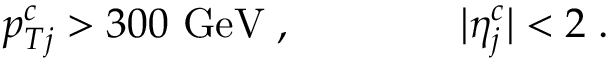
p _ { T j } ^ { c } > 3 0 0 ~ \mathrm { G e V } \; , \qquad \qquad | \eta _ { j } ^ { c } | < 2 \; .